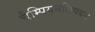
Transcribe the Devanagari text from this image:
चैम्पियनशिपबन